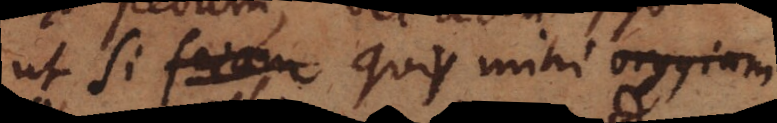
ut si quis mihi orgyiam